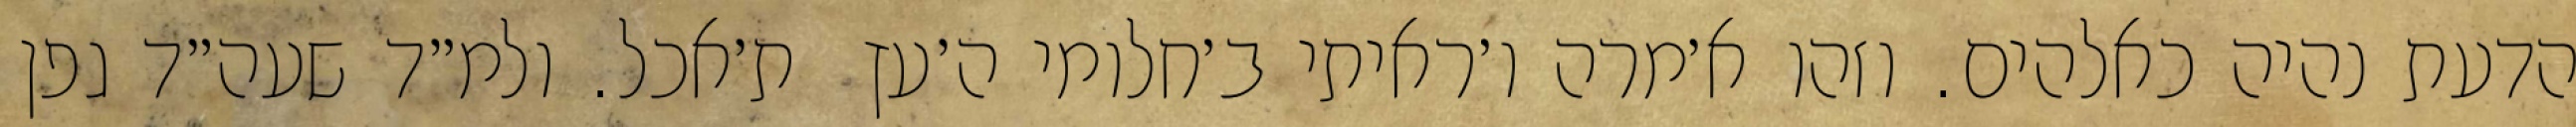
הדעת נהיה כאלהים. וזהו א׳מרה ו׳ראיתי ב׳חלומי ה׳עץ  ת׳אכל. ולמ״ד שעה״ד גפן